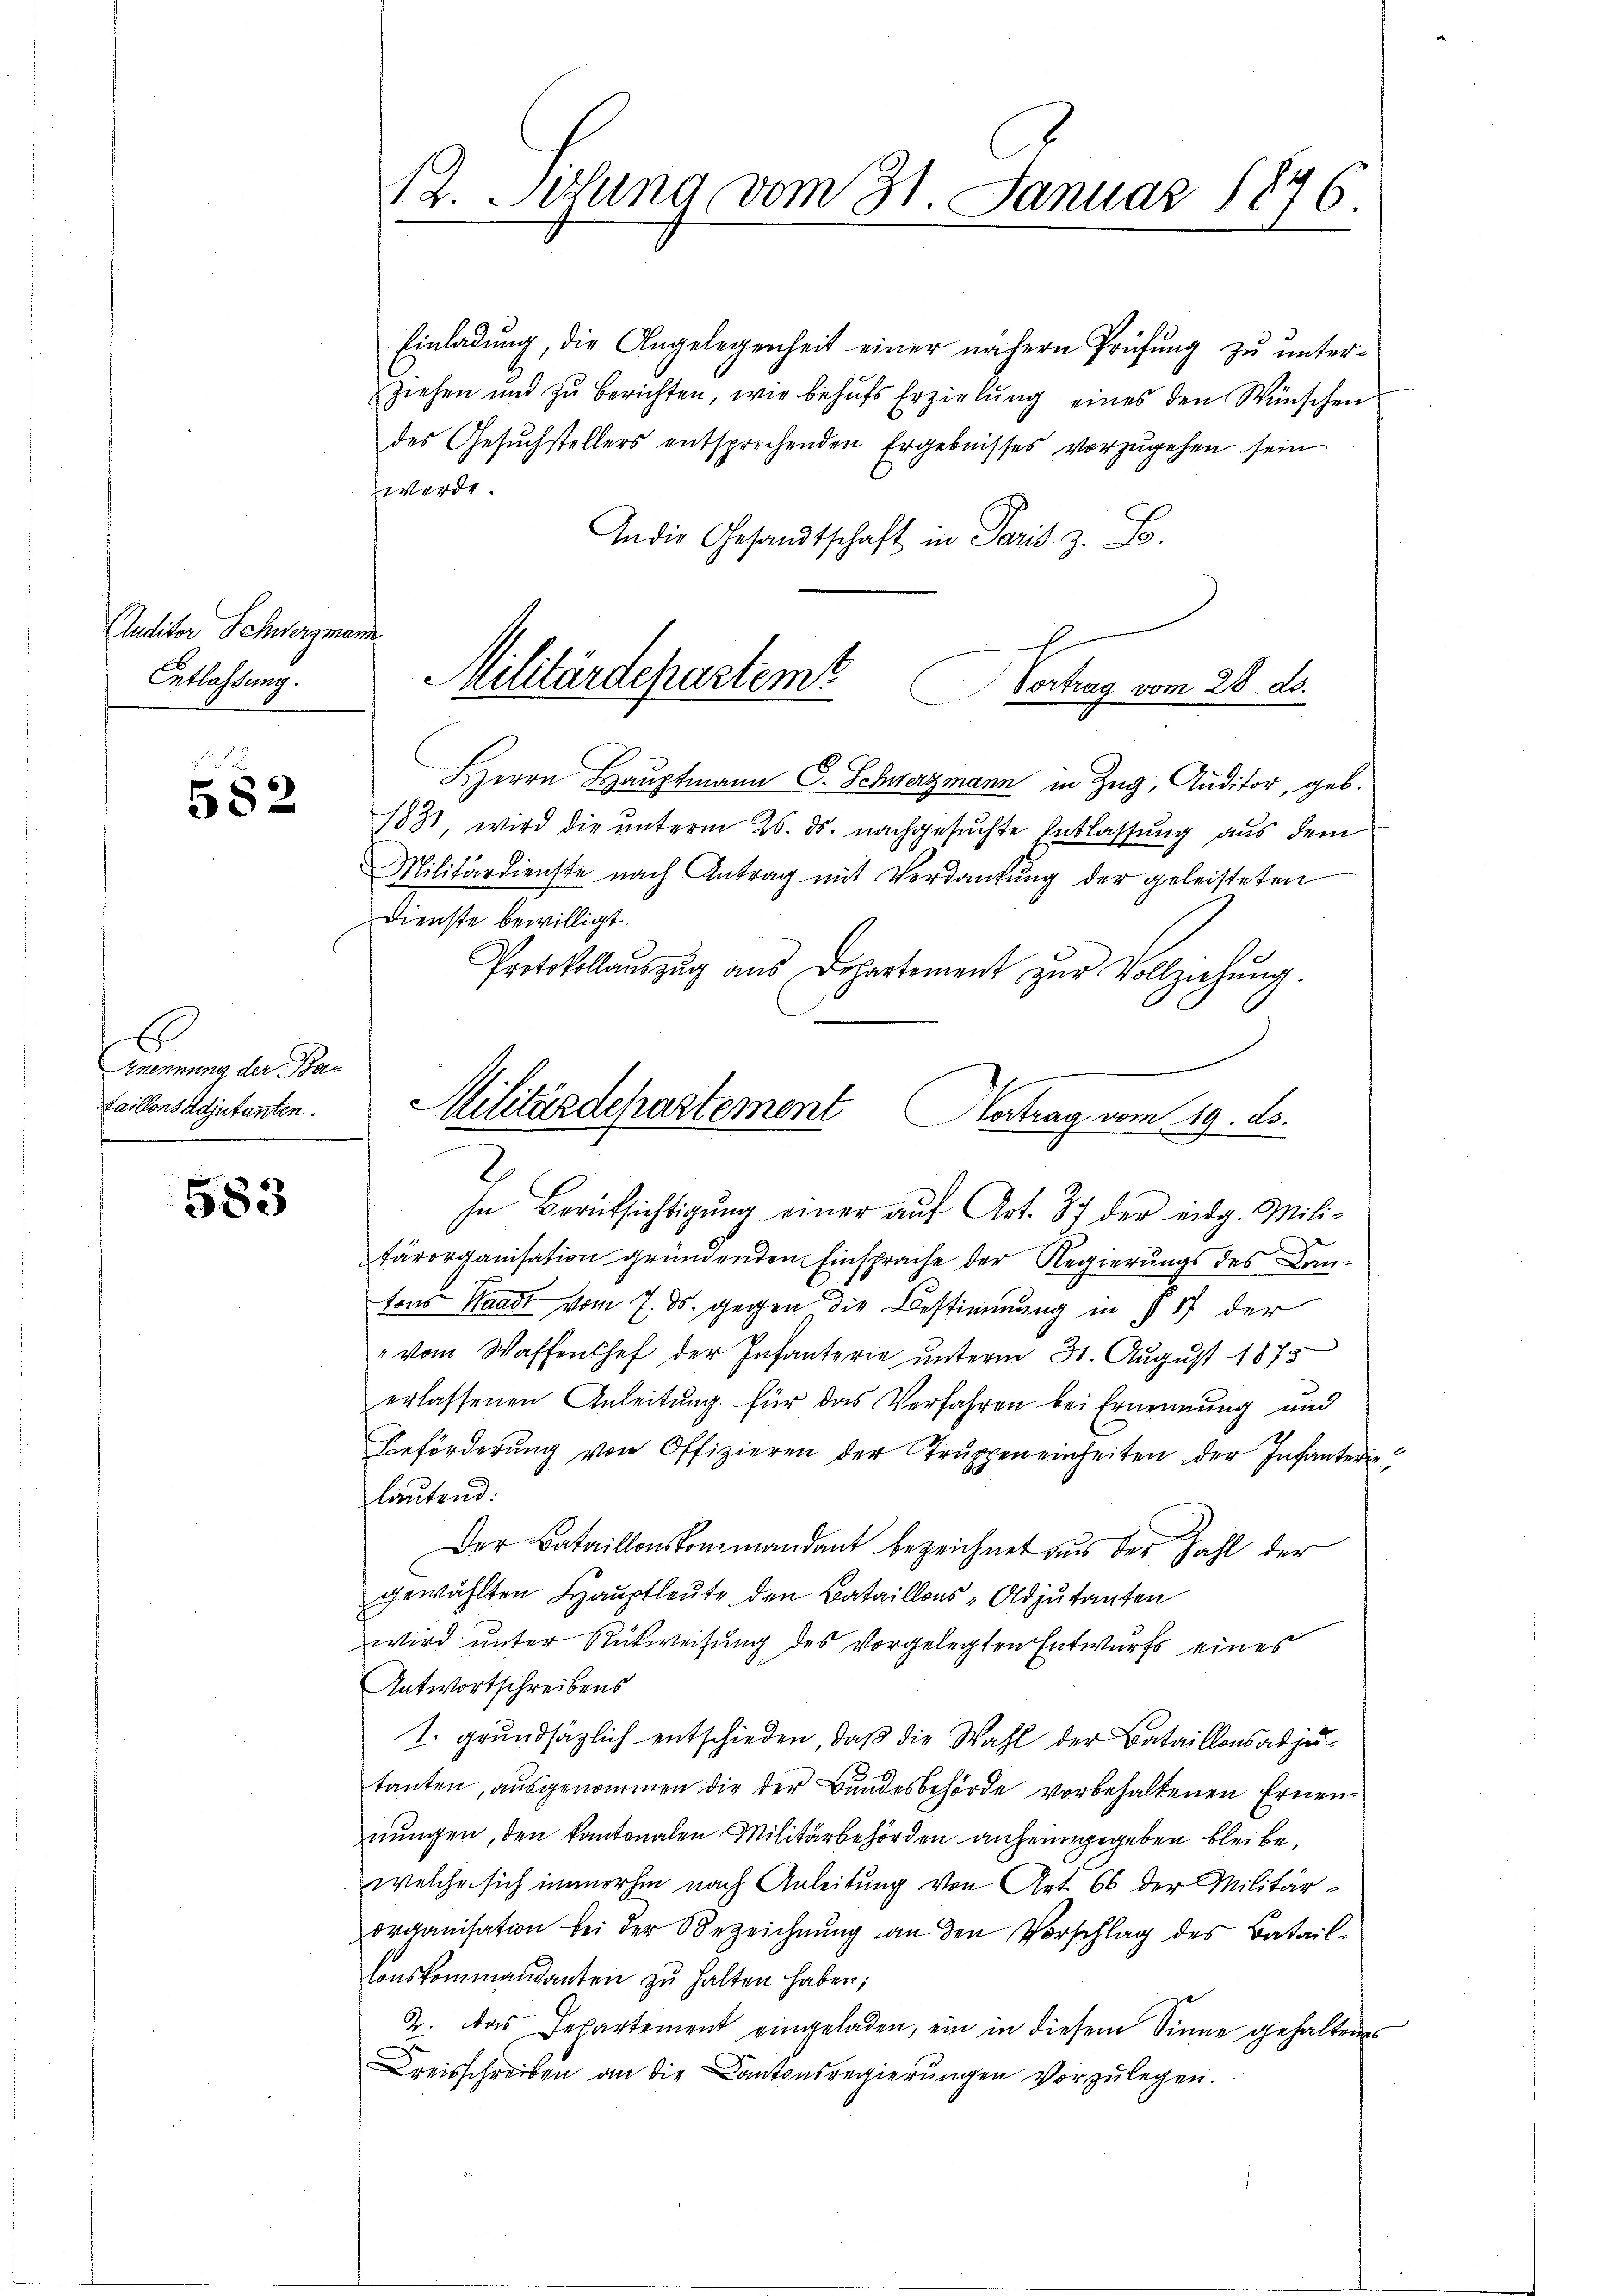
Auditor Schwerzmann
Entlassung.

582

E
Knennung der Pa¬
Laillonsadjutanten.

583

12. Mitung vom 31. Januar 1846

Einladung, die Angelegenheit einer nähern Prüfung zu unter¬
Ziehen und zŭ berichten, wie behŭfs Erzielŭng eines den Wünschen
des Gesŭchstellers entsprechenden Ergebnisses vorzŭgehen sein
werde.
An die Gesandtschaft in Paris. z. B.
Vertrag vom 28. ds.
C
HHerrn Hauptmann C. Schwerzmann in Zug, Auditor, geb.
1831, wird die unterm 26. ds. nachgesuchte Entlassung aus dem
Militärdienste nach Antrag mit Verdankung der geleisteten
Dienste bewilligt.
Protokollauszug aus Departement zŭr Vollziehung.
.
In Berücksichtigung einer auf Art. 87 der eidg. Mili-
tärorganisation gründenden Einsprache der Regierungs des Lantons Waadt vom 7. ds. gegen die Bestimmung in § 17 der
" vom Waffenhef der Infanterie unterm 31. August 1875
erlassenen Anleitung für das Verfahren bei Ernennung und
Beförderŭng von Offizieren der Trŭppen einheiten der Infanterie
lautend:
Der Bataillonskommandant bezeichnet aus der Zahl der
gewählten Hauptleute den Bataillons Adjutanten
wird unter Rückweisung des vorgelegten Entwurfs eines
Antwortschreibens
1. grundsätzlich entschieden, daß die Wahl der Bataillonsadjutanten, ausgenommen die der Bundesbehörde vorbehaltenen Ernennungen, den kantonalen Militärbehörden anheingegeben bleibe,
welche sich immerhin nach Anleitung von Art. 66 der Militärorganisation bei der Bezeichnung an den Vorschlag des Bataillonskommandanten zŭ halten haben;
2. Das Departement eingeladen, ein in diesem Sinne gehaltenes
Kreisschreiben an die Kantonsregierungen vorzulegen.

Militärdepartemt

Militärdepartement Hertrag vom 19. ds.